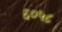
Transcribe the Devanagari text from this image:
६०५८